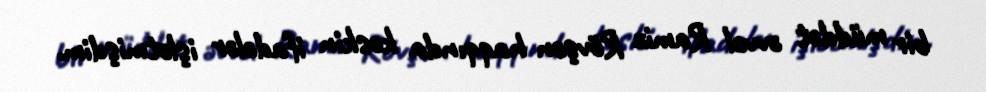
bir müddət əvvəl Ramiz Rövşən haqqında kəskin ifadələr işlətmişdim.